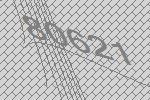
80621